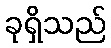
ခုရှိသည်